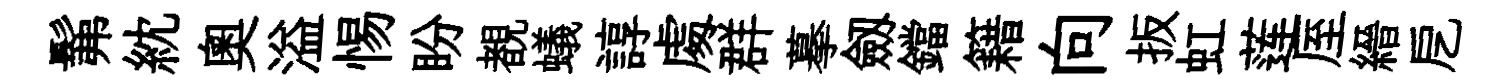
髴紞奧溢惕盼覩蟻諄䖏群摹劔鐺籍向扳虹莲厔縉戹